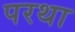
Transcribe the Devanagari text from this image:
परथा